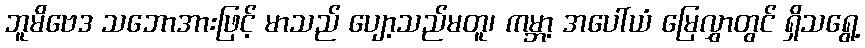
ဘူမိဗေဒ သဘောအားဖြင့် မာသည် ပျော့သည်မတူ၊ ကမ္ဘာ့ အပေါ်ယံ မြေလွှာတွင် ရှိသရွေ့